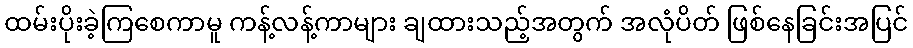
ထမ်းပိုးခဲ့ကြစေကာမူ ကန့်လန့်ကာများ ချထားသည့်အတွက် အလုံပိတ် ဖြစ်နေခြင်းအပြင်